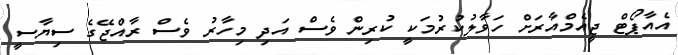
އެއާޕޯޓް ޖީއެމްއާރަށް ހަވާލުކުރުމަކީ ކުރިން ވެސް އަދި މިހާރު ވެސް ރާއްޖޭގެ ސިޔާސީ